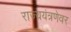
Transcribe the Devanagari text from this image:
राज्ययंत्रणेवर